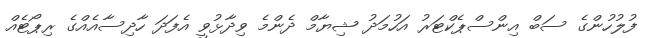
ފުލުހުންގެ ސަބް އިންސްޕެކްޓަރު އަހުމަދު ޝިޔާމް ދެންމެ ވިދާޅުވީ އެފަދަ ހާދިސާއެއްގެ ރިޕޯޓެއް